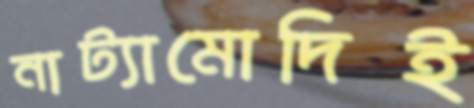
নাট্যামোদিই